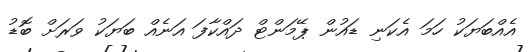
އެއްބަޔަކު ހަމަ އެކަނި ޑައުން ޕޭމަންޓް ދައްކާފަ އަނެއް ބަޔަކު ވަރަށް ބޮޑު